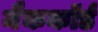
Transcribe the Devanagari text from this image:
मैककॉर्ड